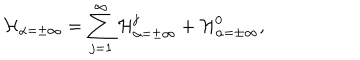
{ \cal H } _ { \alpha = \pm \infty } = \sum _ { j = 1 } ^ { \infty } { \cal H } _ { \alpha = \pm \infty } ^ { j } + { \cal H } _ { \alpha = \pm \infty } ^ { 0 } ,